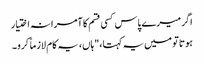
اگر میرے پاس کسی قسم کا آمرانہ اختیار
ہوتا تو میں یہ کہتا،"ہاں، یہ کام لازماً کرو۔